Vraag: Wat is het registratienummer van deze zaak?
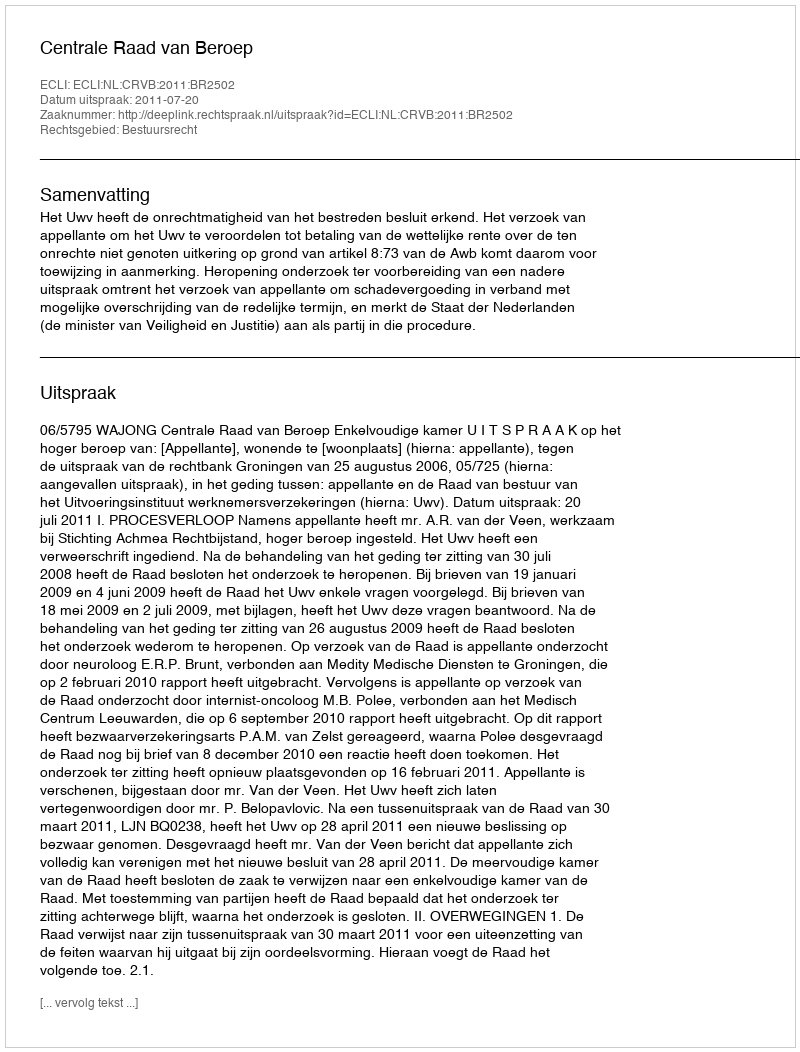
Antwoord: http://deeplink.rechtspraak.nl/uitspraak?id=ECLI:NL:CRVB:2011:BR2502